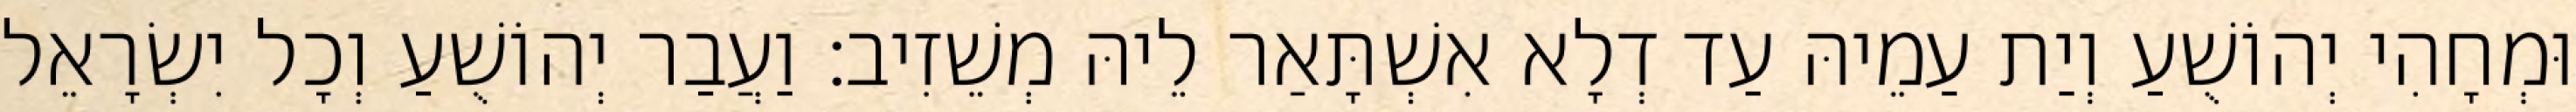
וּמְחָהִי יְהוֹשֻׁעַ וְיַת עַמֵיהּ עַד דְלָא אִשְׁתָּאַר לֵיהּ מְשֵׁזִיב׃ וַעֲבַר יְהוֹשֻׁעַ וְכָל יִשְׂרָאֵל